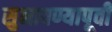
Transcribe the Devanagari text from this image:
सुनावण्यापूर्वी